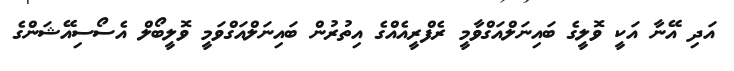
އަދި އޭނާ އަކީ ވޮލީގެ ބައިނަލްއަގްވާމީ ރެފްރީއެއްގެ އިތުރުން ބައިނަލްއަގްވަމީ ވޮލީބޯލް އެސޯސިއޭޝަންގެ